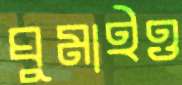
ঘুমাইও